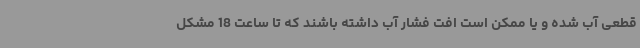
قطعی آب شده و یا ممکن است افت فشار آب داشته باشند که تا ساعت 18 مشکل